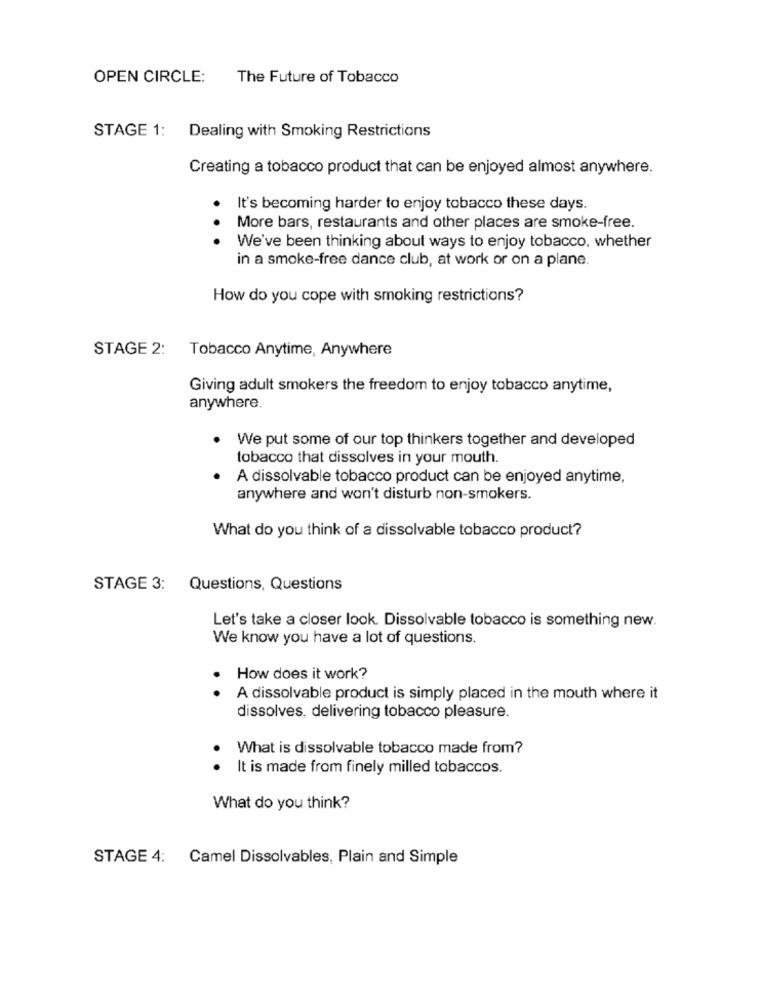
OPEN CIRCLE: The Future of Tobacco
STAGE 1:
Dealing with Smoking Restrictions
Creating a tobacco product that can be enjoyed almost anywhere.
It's becoming harder to enjoy tobacco these days.
More bars, restaurants and other places are smoke-free.
. . .
We've been thinking about ways to enjoy tobacco, whether
in a smoke-free dance club, at work or on a plane.
How do you cope with smoking restrictions?
STAGE 2:
Tobacco Anytime, Anywhere
Giving adult smokers the freedom to enjoy tobacco anytime,
anywhere.
We put some of our top thinkers together and developed
tobacco that dissolves in your mouth.
A dissolvable tobacco product can be enjoyed anytime,
anywhere and won't disturb non-smokers.
What do you think of a dissolvable tobacco product?
STAGE 3:
Questions, Questions
Let's take a closer look. Dissolvable tobacco is something new.
We know you have a lot of questions.
How does it work?
..
A dissolvable product is simply placed in the mouth where it
dissolves, delivering tobacco pleasure.
What is dissolvable tobacco made from?
. .
It is made from finely milled tobaccos.
What do you think?
STAGE 4: Camel Dissolvables, Plain and Simple